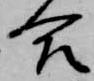
合